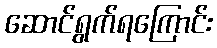
ဆောင်ရွက်ရကြောင်း